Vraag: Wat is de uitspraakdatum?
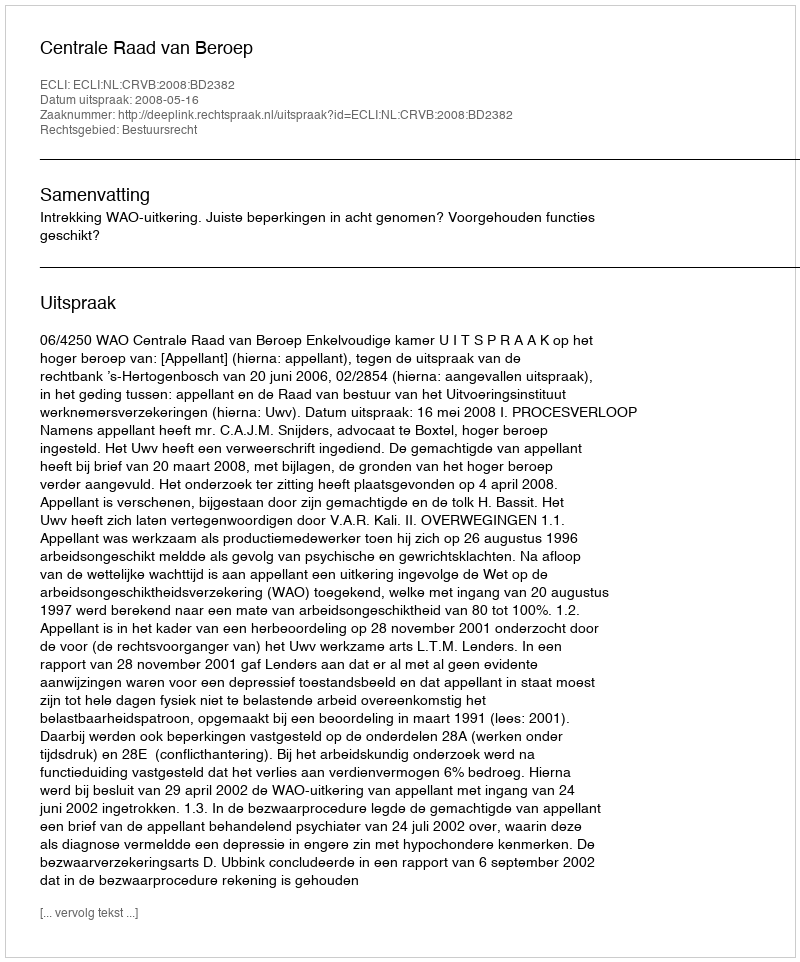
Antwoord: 2008-05-16